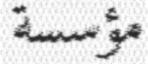
مؤسسة